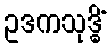
ဥဒကသုဒ္ဓိံ